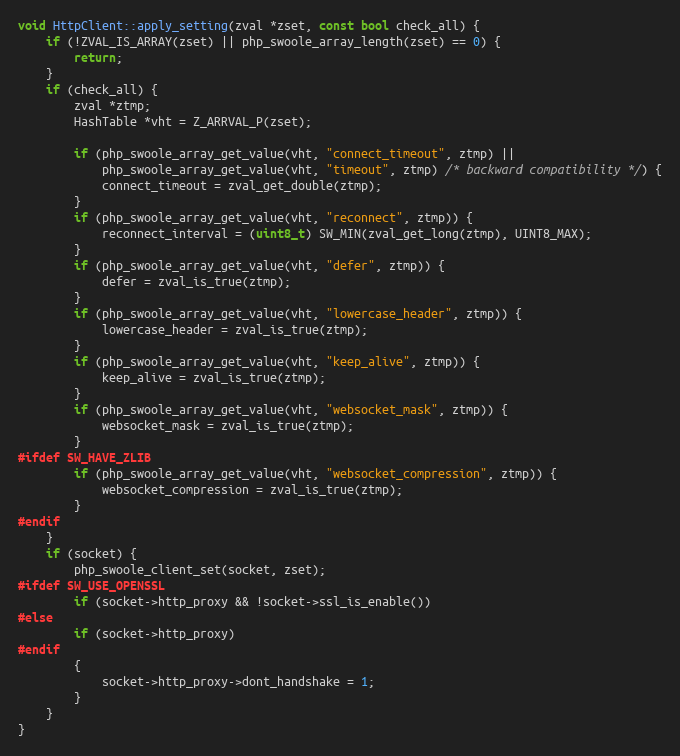
Language: C++
void HttpClient::apply_setting(zval *zset, const bool check_all) {
    if (!ZVAL_IS_ARRAY(zset) || php_swoole_array_length(zset) == 0) {
        return;
    }
    if (check_all) {
        zval *ztmp;
        HashTable *vht = Z_ARRVAL_P(zset);

        if (php_swoole_array_get_value(vht, "connect_timeout", ztmp) ||
            php_swoole_array_get_value(vht, "timeout", ztmp) /* backward compatibility */) {
            connect_timeout = zval_get_double(ztmp);
        }
        if (php_swoole_array_get_value(vht, "reconnect", ztmp)) {
            reconnect_interval = (uint8_t) SW_MIN(zval_get_long(ztmp), UINT8_MAX);
        }
        if (php_swoole_array_get_value(vht, "defer", ztmp)) {
            defer = zval_is_true(ztmp);
        }
        if (php_swoole_array_get_value(vht, "lowercase_header", ztmp)) {
            lowercase_header = zval_is_true(ztmp);
        }
        if (php_swoole_array_get_value(vht, "keep_alive", ztmp)) {
            keep_alive = zval_is_true(ztmp);
        }
        if (php_swoole_array_get_value(vht, "websocket_mask", ztmp)) {
            websocket_mask = zval_is_true(ztmp);
        }
#ifdef SW_HAVE_ZLIB
        if (php_swoole_array_get_value(vht, "websocket_compression", ztmp)) {
            websocket_compression = zval_is_true(ztmp);
        }
#endif
    }
    if (socket) {
        php_swoole_client_set(socket, zset);
#ifdef SW_USE_OPENSSL
        if (socket->http_proxy && !socket->ssl_is_enable())
#else
        if (socket->http_proxy)
#endif
        {
            socket->http_proxy->dont_handshake = 1;
        }
    }
}